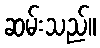
ဆမ်းသည်။